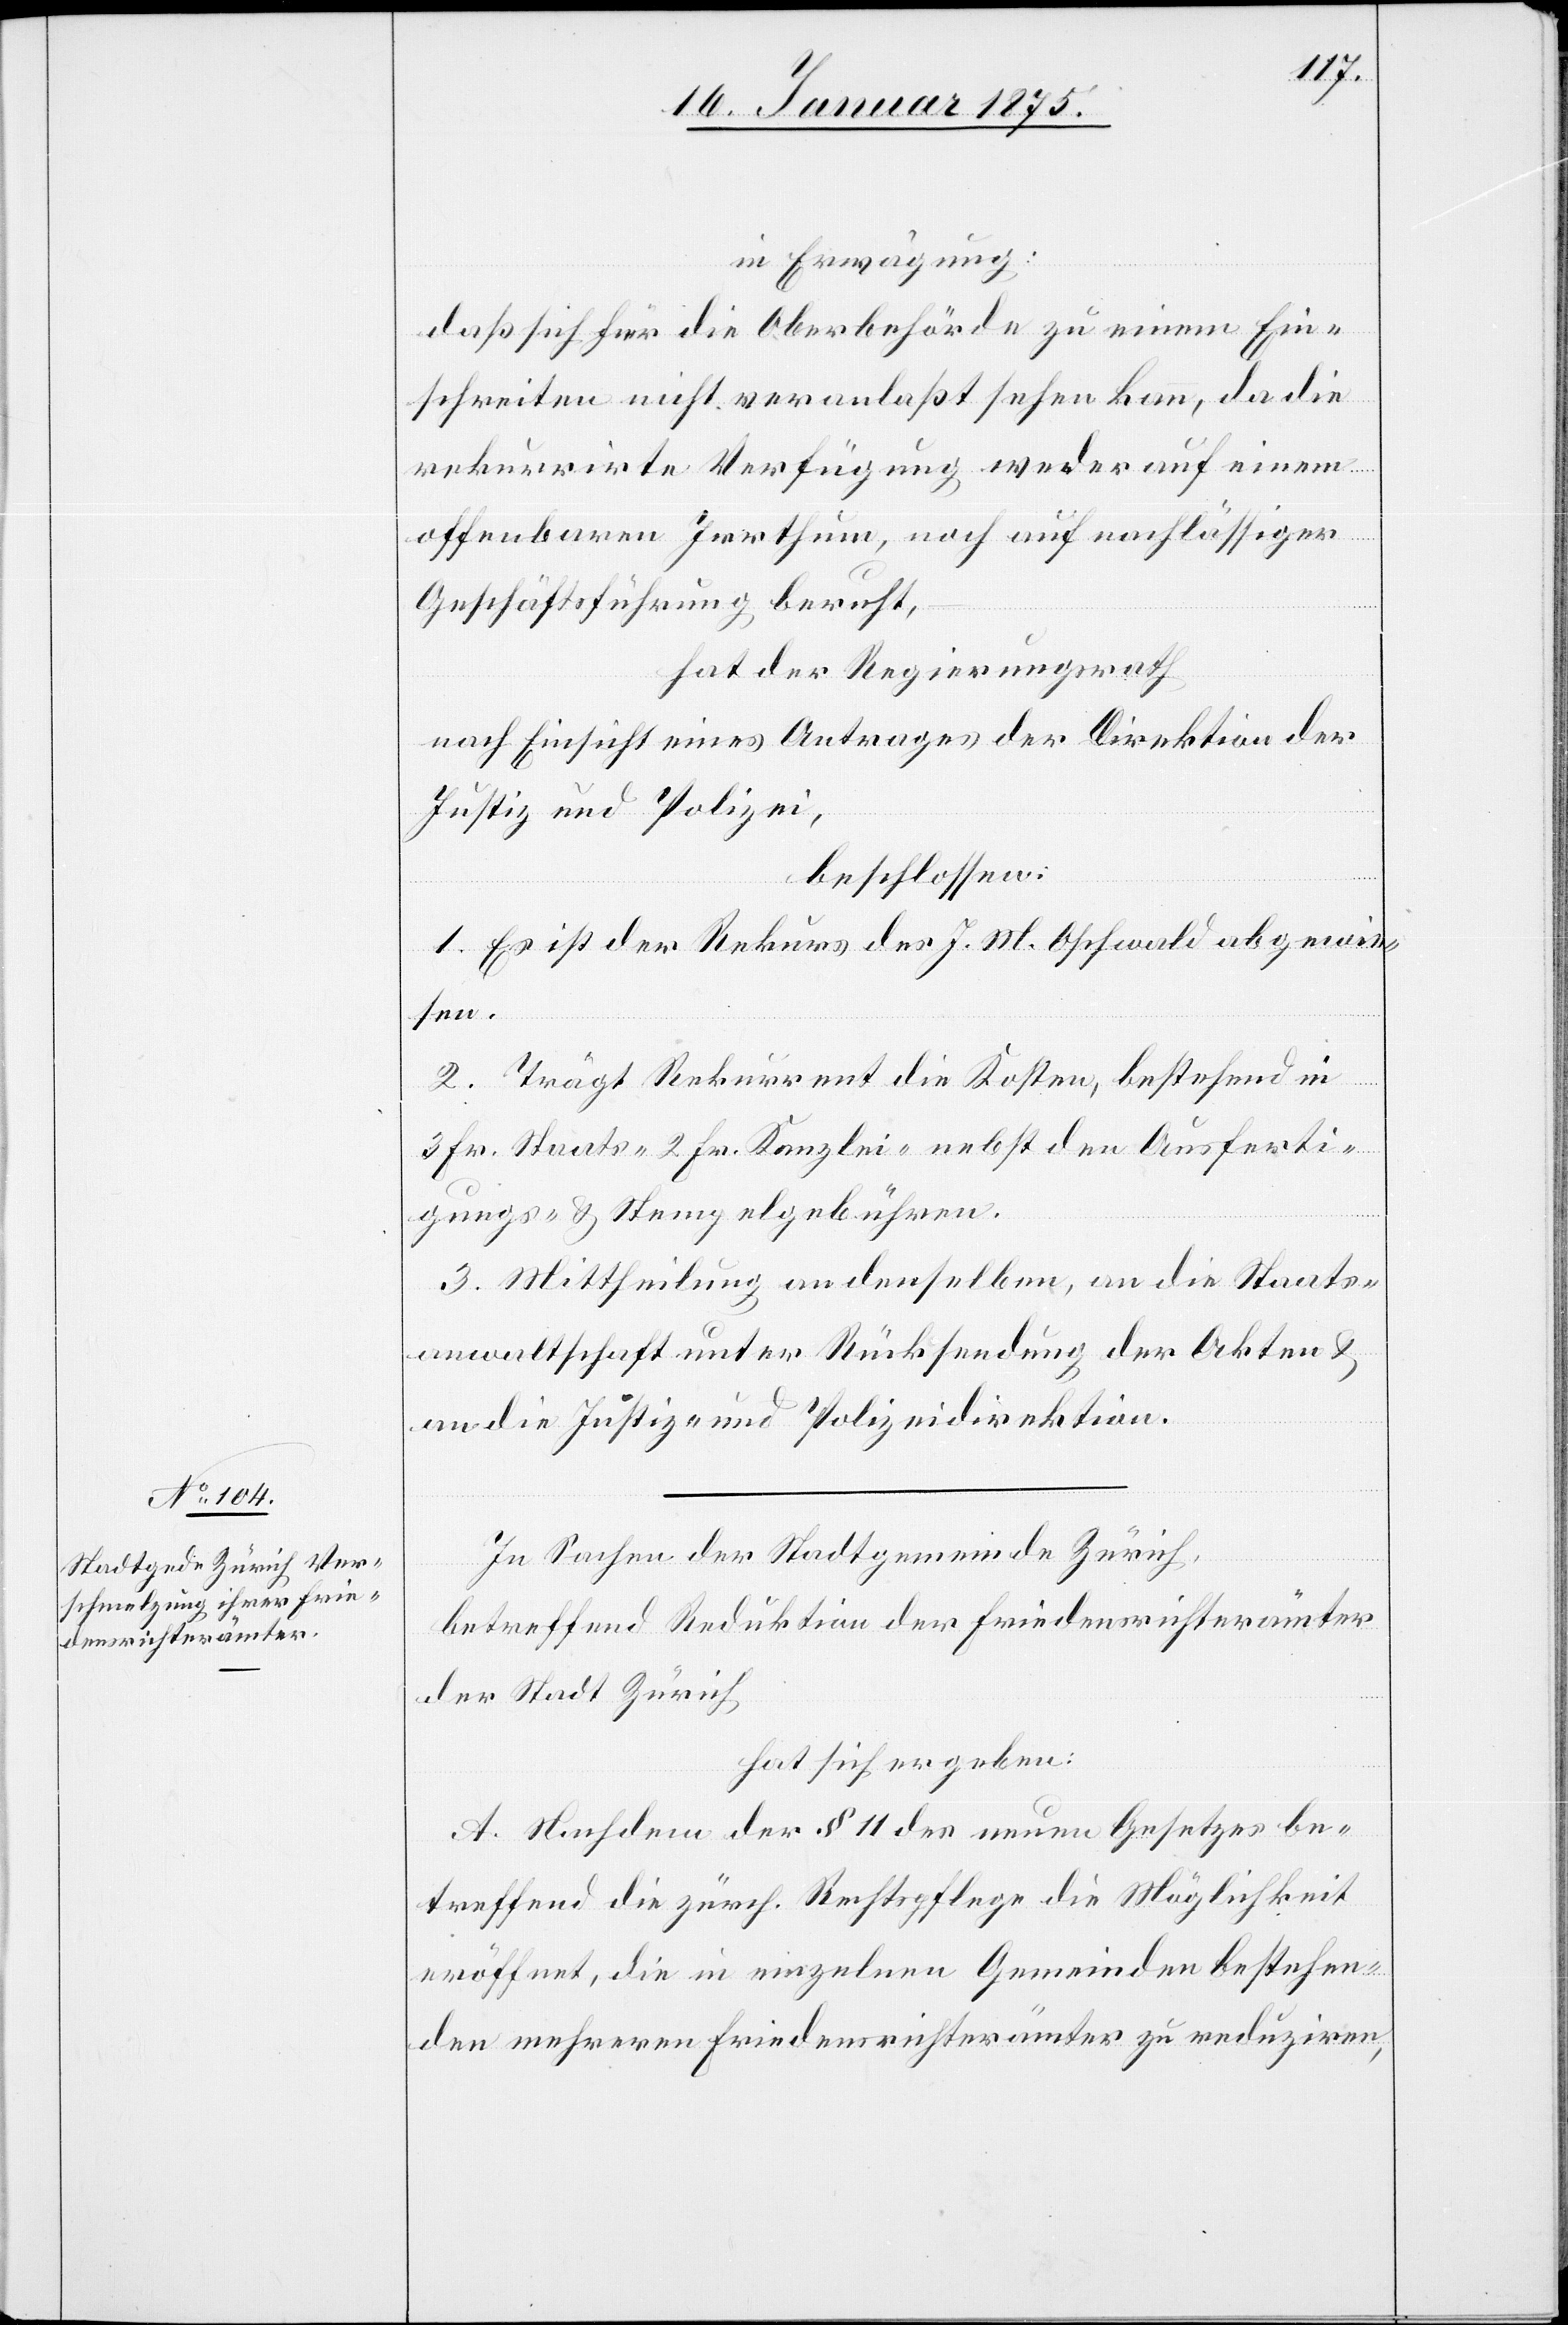
in Erwägung:
daß sich die Oberbehörde zu einem Ein¬
schreiten nicht veranlaßt sehen kann, da die
rekurrirte Verfügung weder auf einem
offenbaren Irrthum, noch auf nachlässiger
Geschäftsführung beruht,
hat der Regierungsrath
nach Einsicht eines Antrages der Direktion der
Justiz und Polizei,
beschlossen:
1. Es ist der Rekurs des J. M. Oschwald abgewie¬
sen.
2. Trägt Rekurrent die Kosten, bestehend in
3 Fr. Staats-[,] 2 Fr. Kanzlei-[,] nebst den Ausferti¬
gungs- u. Stempelgebühren.
3. Mittheilung an denselben, an die Staats¬
anwaltschaft unter Rücksendung der Akten &
an die Justiz- und Polizeidirektion.
In Sachen der Stadtgemeinde Zürich,
betreffend Reduktion der Friedensrichterämter
der Stadt Zürich
hat sich ergeben:
A. Nachdem der § 11 des neuen Gesetzes be¬
treffend die zürch. Rechtspflege die Möglichkeit
eröffnet, die in einzelnen Gemeinden bestehen¬
den mehreren Friedensrichterämter zu reduziren,